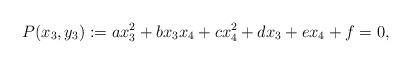
LaTeX: \begin{align*} P(x_{3},y_{3}) := ax_{3}^{2} + bx_{3} x_{4} + cx_{4}^{2} + dx_{3} + ex_{4} + f = 0,\end{align*}